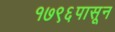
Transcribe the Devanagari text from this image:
१७९६पासून